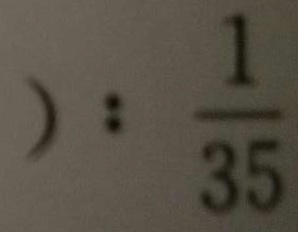
) : \frac { 1 } { 3 5 }